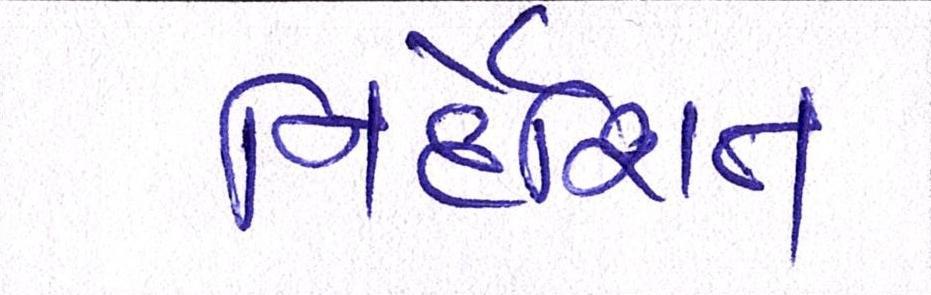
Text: નિર્દેશિત